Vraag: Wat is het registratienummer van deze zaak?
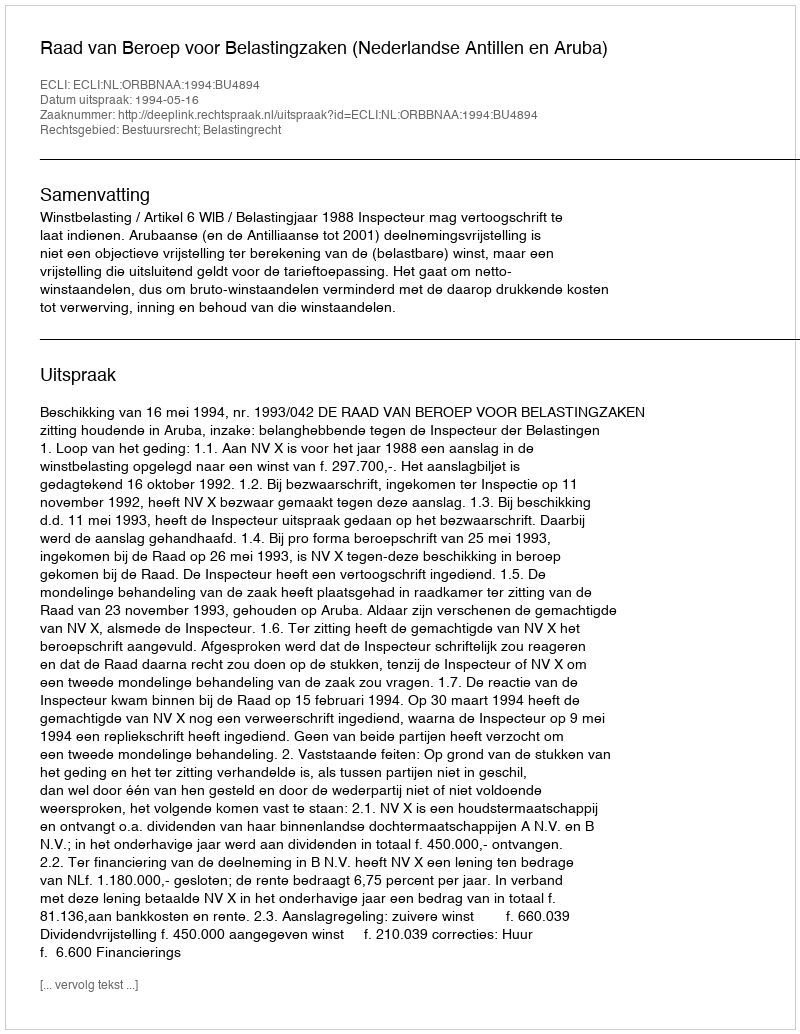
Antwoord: http://deeplink.rechtspraak.nl/uitspraak?id=ECLI:NL:ORBBNAA:1994:BU4894